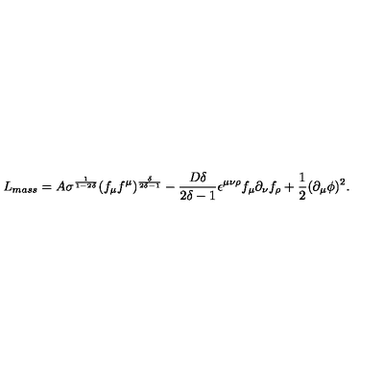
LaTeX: L _ { m a s s } = A \sigma ^ { \frac { 1 } { 1 - 2 \delta } } ( f _ { \mu } f ^ { \mu } ) ^ { \frac { \delta } { 2 \delta - 1 } } - \frac { D \delta } { 2 \delta - 1 } \epsilon ^ { \mu \nu \rho } f _ { \mu } \partial _ { \nu } f _ { \rho } + \frac { 1 } { 2 } ( \partial _ { \mu } \phi ) ^ { 2 } .